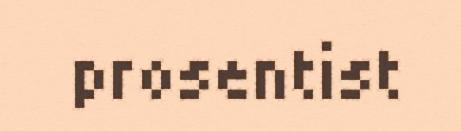
prosentist